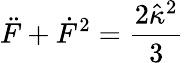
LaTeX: \ddot{F}+\dot{F}^{2}=\frac{2\hat{\kappa}^{2}}{3}